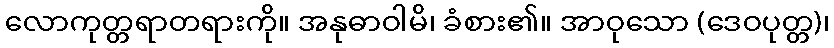
လောကုတ္တရာတရားကို။ အနုဓာဝါမိ၊ ခံစား၏။ အာဝုသော (ဒေဝပုတ္တ)၊